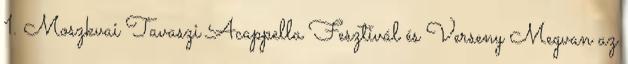
1. Moszkvai Tavaszi Acappella Fesztivál és Verseny Megvan az